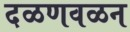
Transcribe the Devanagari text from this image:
दळणवळन